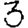
Digit: 3